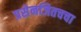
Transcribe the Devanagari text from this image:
प्रसेनजितचचा